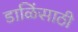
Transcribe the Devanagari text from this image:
डाळिंसाठी